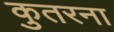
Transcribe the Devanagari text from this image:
कुतरना